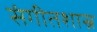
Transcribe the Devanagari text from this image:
संगीतशास्र